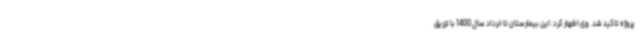
پروژه تاکید شد. وی اظهار کرد: این بیمارستان تا خرداد سال 1400 با تزریق